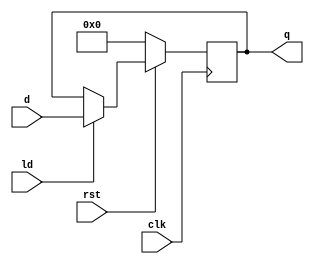
`timescale 1ns / 1ps

module register(clk, rst, ld, d, q);
parameter WIDTH = 8;
input clk, rst, ld;
input [WIDTH-1:0] d;
output reg [WIDTH-1:0] q;

always @(posedge clk)
  begin
    if (!rst)
      q <=0;
    else if (ld)
      q <= d;
  end
endmodule